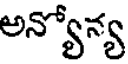
అన్యోన్య